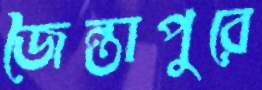
জৈন্তাপুরে